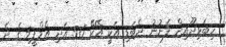
ހިބަޅިދޫއިން ފެނުނު ދެބަޑި އަކީ އޭކޭ 56 އަދި އެމްޕީ5 ގެ ދެ